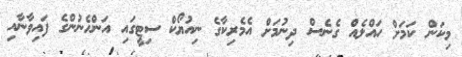
މިކަން ކަމަށް ހައްލެއް ގެނެސް ދިނުމަށް އެމެރިކާގެ ނިއުޔޯކް ސިޓީގައި އަންހެނުންގެ ފައިވާނާއި